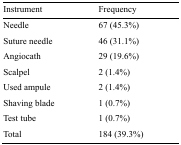
<table><thead><tr><td><b>Instrument</b></td><td><b>Frequency</b></td></tr></thead><tbody><tr><td>Needle</td><td>67 (45.3%)</td></tr><tr><td>Suture needle</td><td>46 (31.1%)</td></tr><tr><td>Angiocath</td><td>29 (19.6%)</td></tr><tr><td>Scalpel</td><td>2 (1.4%)</td></tr><tr><td>Used ampule</td><td>2 (1.4%)</td></tr><tr><td>Shaving blade</td><td>1 (0.7%)</td></tr><tr><td>Test tube</td><td>1 (0.7%)</td></tr><tr><td>Total</td><td>184 (39.3%)</td></tr></tbody></table>